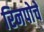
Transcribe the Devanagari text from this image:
रिनपोचे